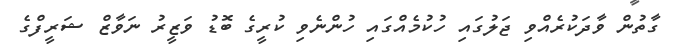
ގާތުން ވާދަކުރެއްވި ޖަލުގައި ހުކުމެއްގައި ހުންނެވި ކުރީގެ ބޮޑު ވަޒީރު ނަވާޒް ޝަރީފްގެ